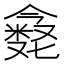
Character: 𪝶